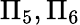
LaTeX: \Pi_{5},\Pi_{6}